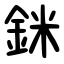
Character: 銤